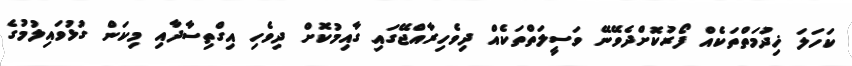
ކަހަލަ ޚިދުމަތްތަކެއް ފޯރުކޮށްދެވޭނޭ ވަސީލަތްތަކެއް ދިވެހިރާއްޖޭގައި ގާއިމުކޮށް ދިވެހި އިގްތިސާދާއި މިކަން ގުޅުވައިލުމުގެ